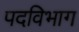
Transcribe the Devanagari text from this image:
पदविभाग